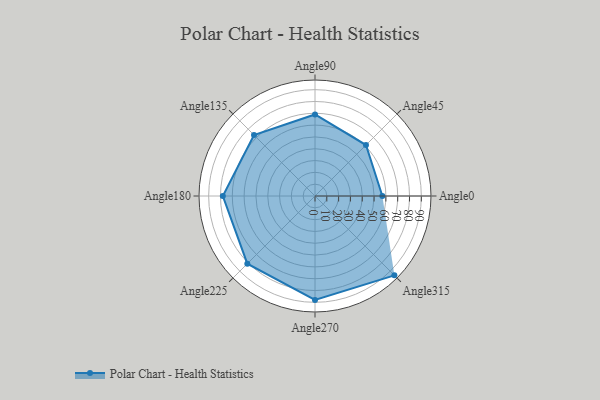
{"axis": {"x": "Angle", "y": "Radius"}, "legend": [""], "data": [{"x": "Angle0", "y": 57.0, "type": ""}, {"x": "Angle45", "y": 61.0, "type": ""}, {"x": "Angle90", "y": 69.0, "type": ""}, {"x": "Angle135", "y": 73.0, "type": ""}, {"x": "Angle180", "y": 78.0, "type": ""}, {"x": "Angle225", "y": 81.0, "type": ""}, {"x": "Angle270", "y": 88.0, "type": ""}, {"x": "Angle315", "y": 95.0, "type": ""}]}